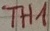
Text: TH1